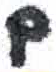
אות: ם